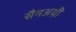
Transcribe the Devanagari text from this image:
सैमअथ़ी